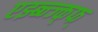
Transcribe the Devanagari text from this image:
एझ्ब्न्ज्क्फ्